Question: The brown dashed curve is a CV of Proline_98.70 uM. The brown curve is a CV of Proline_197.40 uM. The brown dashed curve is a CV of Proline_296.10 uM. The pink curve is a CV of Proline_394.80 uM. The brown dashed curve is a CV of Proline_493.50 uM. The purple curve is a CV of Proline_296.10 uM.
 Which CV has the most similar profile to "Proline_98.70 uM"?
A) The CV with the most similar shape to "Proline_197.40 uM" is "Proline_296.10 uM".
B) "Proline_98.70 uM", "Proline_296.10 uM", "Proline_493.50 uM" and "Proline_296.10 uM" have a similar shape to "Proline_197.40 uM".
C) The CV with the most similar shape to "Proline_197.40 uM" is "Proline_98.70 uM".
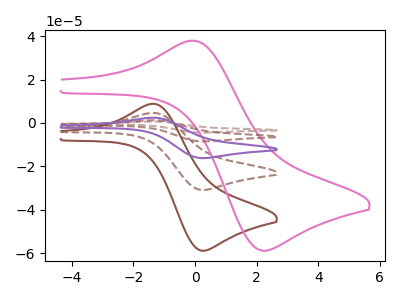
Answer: <think>The brown dashed curve "Proline_98.70 uM" has an anodic peak at (-1.30V, 4.60uA) and a cathodic peak at (0.25V, -30.90uA). The brown curve "Proline_197.40 uM" has an anodic peak at (-1.30V, 8.80uA) and a cathodic peak at (0.25V, -58.90uA). The brown dashed curve "Proline_296.10 uM" has an anodic peak at (-1.30V, 18.45uA) and a cathodic peak at (0.25V, -123.60uA). The pink curve "Proline_394.80 uM" has an anodic peak at (0.00V, 37.85uA) and a cathodic peak at (2.20V, -58.90uA). The brown dashed curve "Proline_493.50 uM" has an anodic peak at (-1.30V, 13.85uA) and a cathodic peak at (0.25V, -92.70uA). The purple curve "Proline_296.10 uM" has an anodic peak at (-1.30V, 9.20uA) and a cathodic peak at (0.25V, -61.80uA).
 All the peaks in "Proline_98.70 uM" have a peak in "Proline_197.40 uM" at the same potential. Every peak in "Proline_98.70 uM" is lower than every peak in "Proline_197.40 uM". All the peaks in "Proline_98.70 uM" have a peak in "Proline_296.10 uM" at the same potential. Every peak in "Proline_98.70 uM" is lower than every peak in "Proline_296.10 uM". "Proline_98.70 uM" and "Proline_394.80 uM" have at least one peak that do not match. All the peaks in "Proline_98.70 uM" have a peak in "Proline_493.50 uM" at the same potential. Every peak in "Proline_98.70 uM" is lower than every peak in "Proline_493.50 uM". All the peaks in "Proline_98.70 uM" have a peak in "Proline_296.10 uM" at the same potential. Every peak in "Proline_98.70 uM" is lower than every peak in "Proline_296.10 uM". All the peaks in "Proline_197.40 uM" have a peak in "Proline_296.10 uM" at the same potential. Every peak in "Proline_197.40 uM" is lower than every peak in "Proline_296.10 uM". "Proline_197.40 uM" and "Proline_394.80 uM" have at least one peak that do not match. All the peaks in "Proline_197.40 uM" have a peak in "Proline_493.50 uM" at the same potential. Every peak in "Proline_197.40 uM" is lower than every peak in "Proline_493.50 uM". All the peaks in "Proline_197.40 uM" have a peak in "Proline_296.10 uM" at the same potential. Every peak in "Proline_197.40 uM" is lower than every peak in "Proline_296.10 uM". "Proline_296.10 uM" and "Proline_394.80 uM" have at least one peak that do not match. All the peaks in "Proline_296.10 uM" have a peak in "Proline_493.50 uM" at the same potential. Every peak in "Proline_296.10 uM" is higher than every peak in "Proline_493.50 uM". All the peaks in "Proline_296.10 uM" have a peak in "Proline_296.10 uM" at the same potential. Every peak in "Proline_296.10 uM" is higher than every peak in "Proline_296.10 uM". "Proline_394.80 uM" and "Proline_493.50 uM" have at least one peak that do not match. "Proline_394.80 uM" and "Proline_296.10 uM" have at least one peak that do not match. All the peaks in "Proline_493.50 uM" have a peak in "Proline_296.10 uM" at the same potential. Every peak in "Proline_493.50 uM" is higher than every peak in "Proline_296.10 uM".</think>
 <answer>B) "Proline_98.70 uM", "Proline_296.10 uM", "Proline_493.50 uM" and "Proline_296.10 uM" have a similar shape to "Proline_197.40 uM".</answer>
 <eval>B</eval>